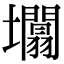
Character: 𡓲